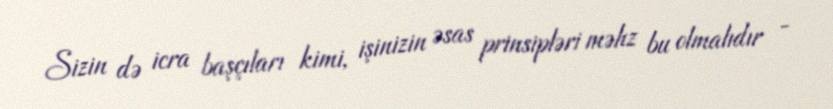
Sizin də icra başçıları kimi, işinizin əsas prinsipləri məhz bu olmalıdır -